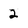
Character: 2